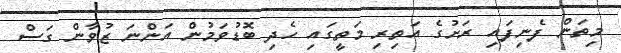
މިތަން ފެނިފައި ރަށުގެ އަތިރި މަތީގައި ހެދި ބޮޑުވަމުން އަންނަ ޒުވާން ގަސް